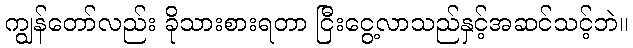
ကျွန်တော်လည်း ခိုသားစားရတာ ငြီးငွေ့လာသည်နှင့်အဆင်သင့်ဘဲ။